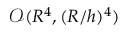
\mathcal { O } ( R ^ { 4 } , ( R / h ) ^ { 4 } )